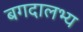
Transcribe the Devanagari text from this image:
बगदालभ्य